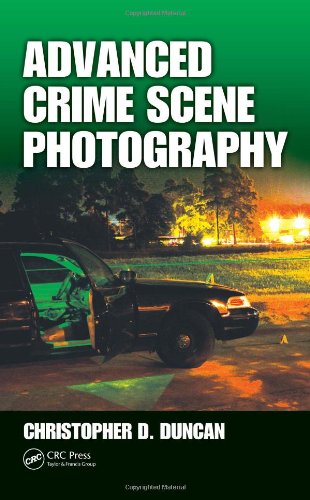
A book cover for Advanced Crime Scene Photography; Christopher D Duncan; Arts & Photography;